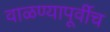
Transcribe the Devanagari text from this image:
वाळण्यापूर्वीच